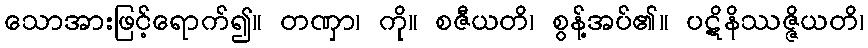
သောအားဖြင့်ရောက်၍။ တဏှာ၊ ကို။ စဇီယတိ၊ စွန့်အပ်၏။ ပဋိနိဿဇ္ဇိယတိ၊